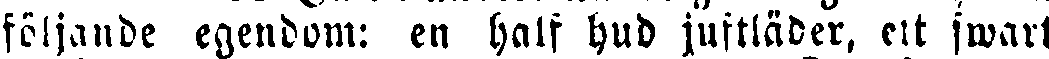
följande egendom: en half hud jufkläder, ett swart